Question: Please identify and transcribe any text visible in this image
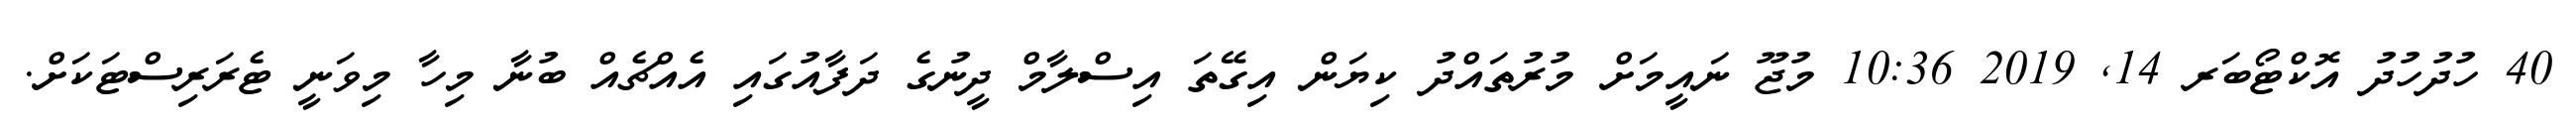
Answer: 40 ހުދުހުދު އޮކްޓޯބަރ 14, 2019 10:36 މުޖޫ ނައީމަށް މުރުތައްދު ކިޔަން އިގޭތަ އިސްލާމް ދީނުގެ ދަފާއުގައި އެއްޗެއް ބުނާ މިހާ މިވަނީ ޓެރަރިސްޓަކަށް.